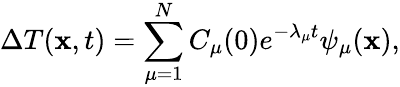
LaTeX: \Delta{T}(\mathbf{x},t)=\sum_{\mu=1}^{N}C_{\mu}(0)e^{-\lambda_{\mu}t}\psi_{\mu}(\mathbf{x}),